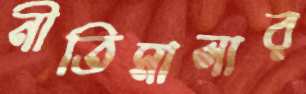
নীতিমালার